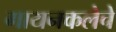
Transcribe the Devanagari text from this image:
गायनकलेचे